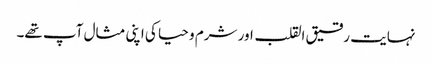
نہایت رقیق القلب اور شرم و حیا کی اپنی مثال آپ تھے۔